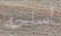
أسلحه